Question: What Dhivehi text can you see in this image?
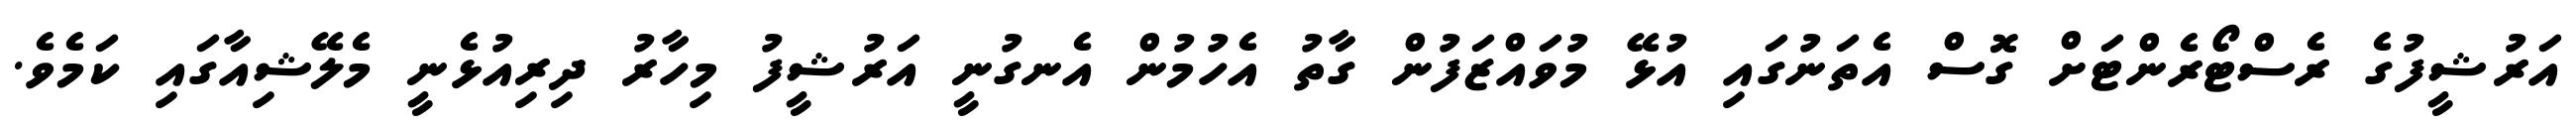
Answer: އަރުޝީފުގެ ރެސްޓޯރެންޓަށް ގޮސް އެތަނުގައި އުޅޭ މުވައްޒަފުން ގާތު އެހުމުން އެނގުނީ އަރުޝީފު މިހާރު ދިރިއުޅެނީ މެލޭޝިއާގައި ކަމެވެ.